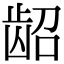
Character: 龆